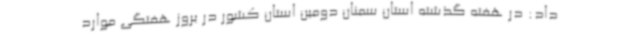
داد: در هفته گذشته استان سمنان دومین استان کشور در بروز هفتگی موارد